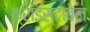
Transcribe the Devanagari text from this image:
क्राइस्टाबेल